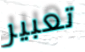
تعبير